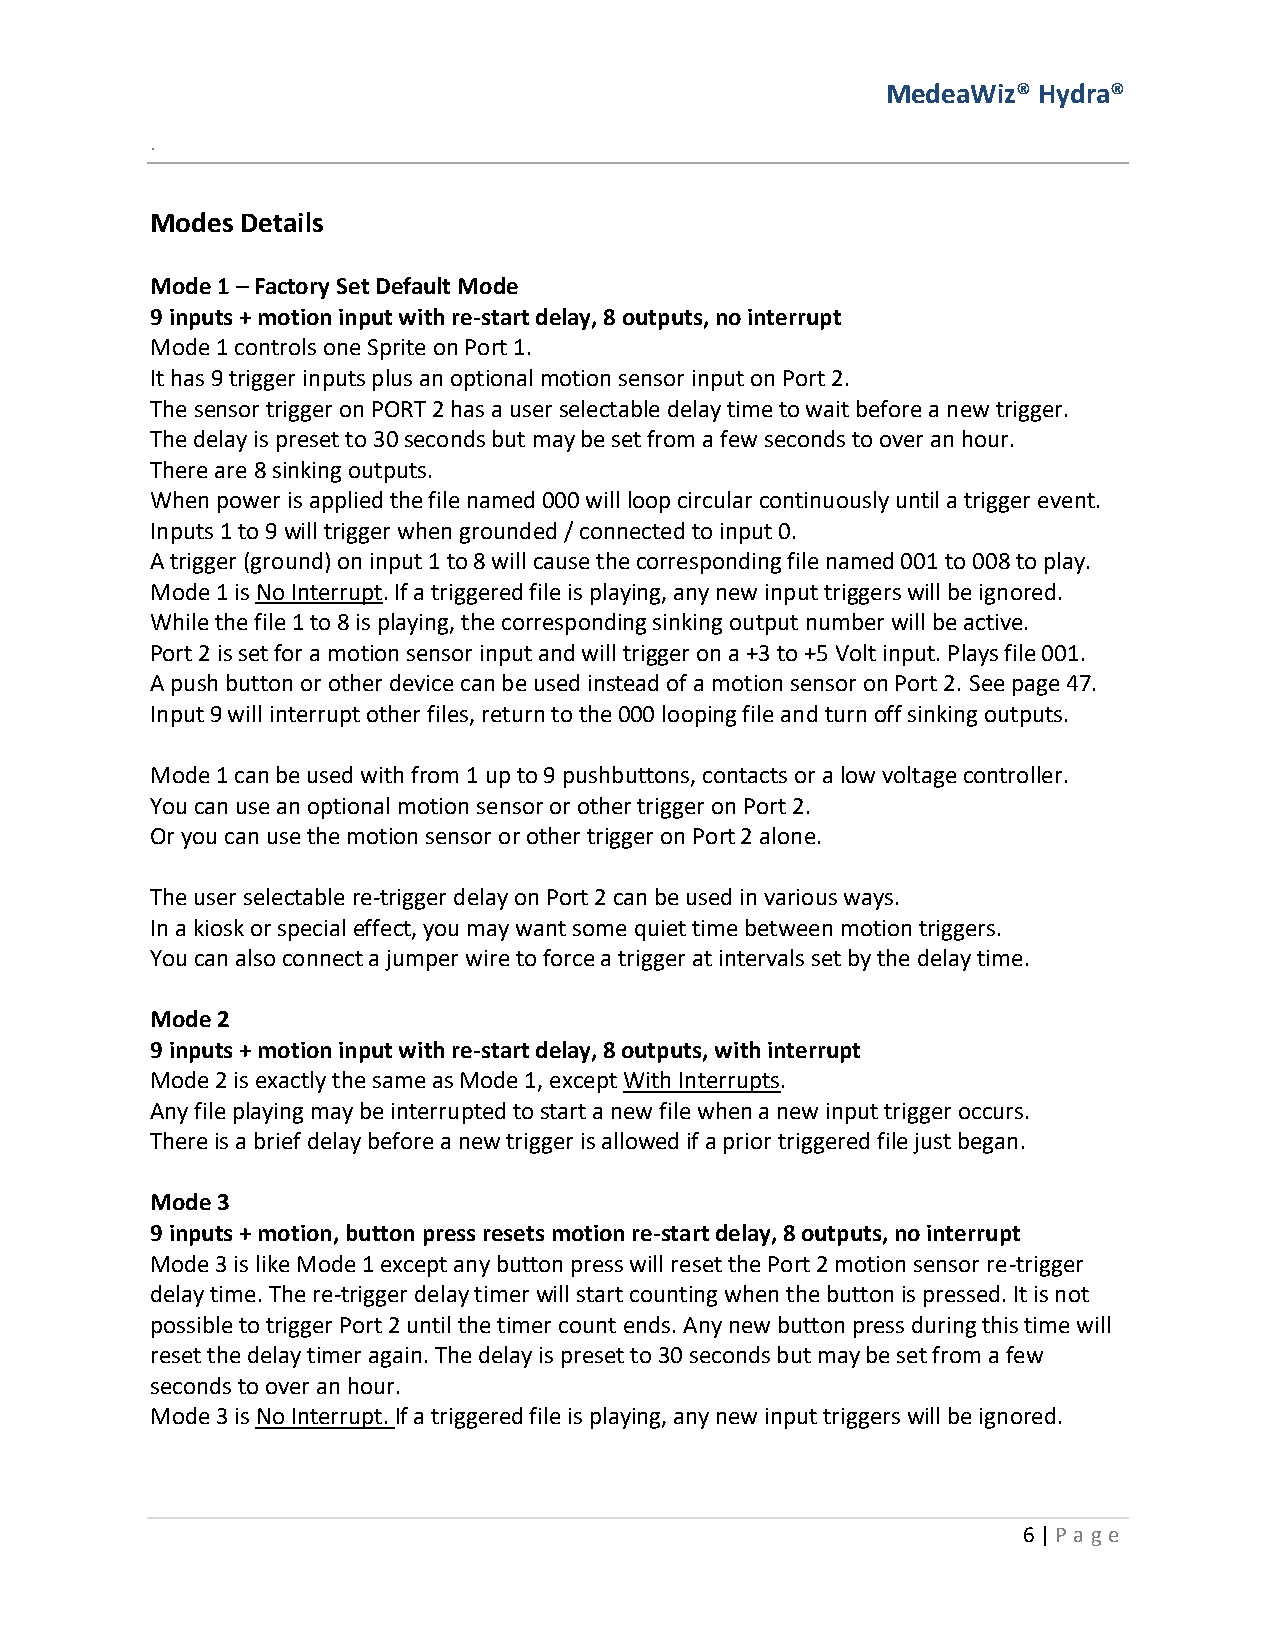
MedeaWiz® Hydra®
 .
 Modes Details
 Mode 1 – Factory Set Default Mode
 9 inputs + motion input with re-start delay, 8 outputs, no interrupt
 Mode 1 controls one Sprite on Port 1.
 It has 9 trigger inputs plus an optional motion sensor input on Port 2.
 The sensor trigger on PORT 2 has a user selectable delay time to wait before a new trigger.
 The delay is preset to 30 seconds but may be set from a few seconds to over an hour.
 There are 8 sinking outputs.
 When power is applied the file named 000 will loop circular continuously until a trigger event.
 Inputs 1 to 9 will trigger when grounded / connected to input 0.
 A trigger (ground) on input 1 to 8 will cause the corresponding file named 001 to 008 to play.
 Mode 1 is No Interrupt. If a triggered file is playing, any new input triggers will be ignored.
 While the file 1 to 8 is playing, the corresponding sinking output number will be active.
 Port 2 is set for a motion sensor input and will trigger on a +3 to +5 Volt input. Plays file 001.
 A push button or other device can be used instead of a motion sensor on Port 2. See page 47.
 Input 9 will interrupt other files, return to the 000 looping file and turn off sinking outputs.
 Mode 1 can be used with from 1 up to 9 pushbuttons, contacts or a low voltage controller.
 You can use an optional motion sensor or other trigger on Port 2.
 Or you can use the motion sensor or other trigger on Port 2 alone.
 The user selectable re-trigger delay on Port 2 can be used in various ways.
 In a kiosk or special effect, you may want some quiet time between motion triggers.
 You can also connect a jumper wire to force a trigger at intervals set by the delay time.
 Mode 2
 9 inputs + motion input with re-start delay, 8 outputs, with interrupt
 Mode 2 is exactly the same as Mode 1, except With Interrupts.
 Any file playing may be interrupted to start a new file when a new input trigger occurs.
 There is a brief delay before a new trigger is allowed if a prior triggered file just began.
 Mode 3
 9 inputs + motion, button press resets motion re-start delay, 8 outputs, no interrupt
 Mode 3 is like Mode 1 except any button press will reset the Port 2 motion sensor re-trigger
 delay time. The re-trigger delay timer will start counting when the button is pressed. It is not
 possible to trigger Port 2 until the timer count ends. Any new button press during this time will
 reset the delay timer again. The delay is preset to 30 seconds but may be set from a few
 seconds to over an hour.
 Mode 3 is No Interrupt. If a triggered file is playing, any new input triggers will be ignored.
 6 | P age